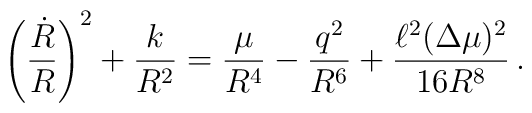
\left(\frac{\dot{R}}{R}\right)^2+\frac{k}{R^2}=\frac{\mu}{R^4}-\frac{q^2}{R^6}+\frac{\ell^2(\Delta\mu)^2}{16 R^8}\,.